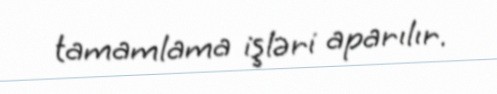
tamamlama işləri aparılır.